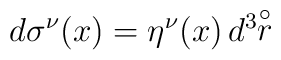
d\sigma^{\nu}(x) = \eta^{\nu}(x)\,d^3\!\!\stackrel{\circ}{r}